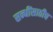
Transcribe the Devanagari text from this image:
सन्धींसाठीच